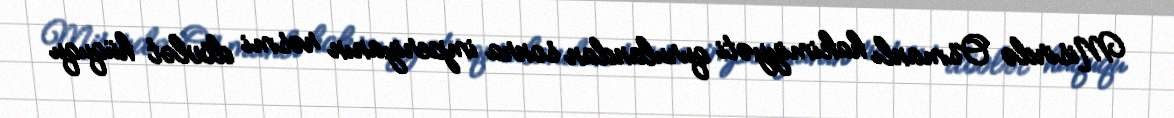
Misirdə Osmanlı hakimiyyəti qurulandan sonra imperiyanın rəsmi dövlət hüququ